Insane asylums in Bengal annual reports 1867-1875 - 1867-1875
Year: 1867
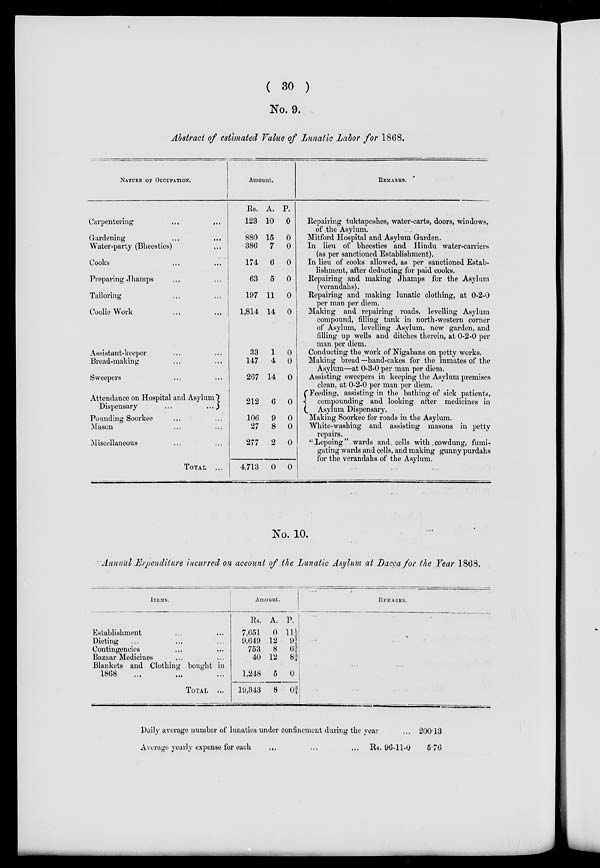
( 30 )
No. 9.
Abstract of estimated Value of Lunatic Labor for 1868.
NATURE OF OCCUPATION.
Carpentering
...
...
Gardening ... ...
Water-party (Bheesties) ... ...
Cooks ... ...
Preparing Jhamps ... ...
Tailoring ... ...
Coolie Work ... ...
Assistant-keeper ... ...
Bread-making ... ...
Sweepers ... ...
Attendance on Hospital and Asylum
Dispensary
...
...
Pounding Soorkee ... ...
Mason ... ...
Miscellaneous ... ...
TOTAL
...
Amount.
Rs.
123
880
386
174
63
197
1,814
33
147
267
212
106
27
277
4,713
A.
10
15
7
6
5
11
14
1
4
14
6
9
8
2
0
P.
0
0
0
0
0
0
0
0
0
0
0
0
0
0
0
REMARKS.
Repairing tuktaposhes, water-carts, doors, windows,
of the Asylum.
Mitford Hospital and Asylum Garden.
In lieu of bheesties and Hindu water-carriers
(as per sanctioned Establishment).
In lieu of cooks allowed, as per sanctioned Estab-
lishment, after deducting for paid cooks.
Repairing and making Jhamps for the Asylum
(verandahs).
Repairing and making lunatic clothing, at 0-2-0
per man per diem.
Making and repairing roads, levelling Asylum
compound, filling tank in north-western corner
of Asylum, levelling Asylum, new garden, and
filling up wells and ditches therein, at 0-2-0 per
man per diem.
Conducting the work of Nigabans on petty works.
Making bread —hand-cakes for the inmates of the
Asylum—at 0-3-0 per man per diem.
Assisting sweepers in keeping the Asylum premises
clean, at 0-2-0 per man per diem.
Feeding, assisting in the bathing of sick patients,
compounding and looking after medicines in
Asylum Dispensary.
Making Soorkee for roads in the Asylum.
White-washing and assisting masons in petty
repairs.
" Lepoing " wards and cells with cowdung, fumi-
gating wards and cells, and making gunny purdahs
for the verandahs of the Asylum.
No. 10.
Annual Expenditure incurred on account of the Lunatic Asylum at Dacca for the Year 1868.
ITEMS.
Establishment ... ...
Dieting ... ... ...
Contingencies ... ...
Bazaar Medicines
...
...
Blankets and Clothing bought in
1868 ... ...
TOTAL
...
Amount.
Rs.
7,651
9,649
753
40
1,248
19,343
A.
0
12
8
12
5
8
P.
11½
9¾
6¾
8¾
0
0¾
REMARKS.
Daily average number of lunatics, under confinement during the year
Average yearly expense for each ... ... ...
Rs. 96-11-0
200.13
5.76